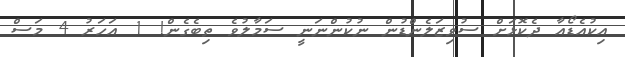
އިކުއެޑޯއާ ދެކޮޅަށް ސުވިޒަލެންޑުން ނުކުންނަނީ ސަމާލުވެ ތިބެގެން! 1 އަހަރު 4 މަސް